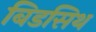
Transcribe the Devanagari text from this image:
बिडसिथ